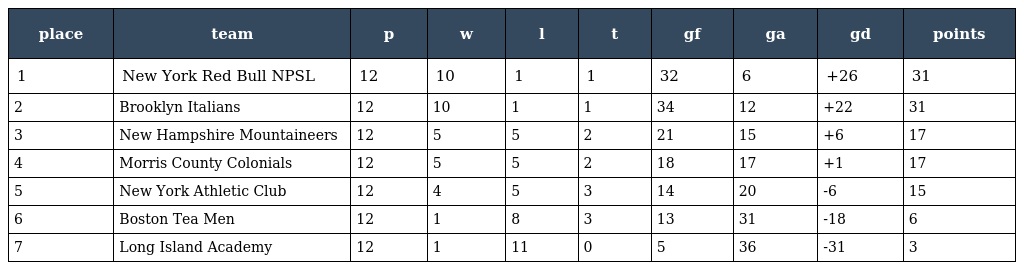
| place | team | p | w | l | t | gf | ga | gd | points |
 | --- | --- | --- | --- | --- | --- | --- | --- | --- | --- |
 | 1 | New York Red Bull NPSL | 12 | 10 | 1 | 1 | 32 | 6 | +26 | 31 |
 | 2 | Brooklyn Italians | 12 | 10 | 1 | 1 | 34 | 12 | +22 | 31 |
 | 3 | New Hampshire Mountaineers | 12 | 5 | 5 | 2 | 21 | 15 | +6 | 17 |
 | 4 | Morris County Colonials | 12 | 5 | 5 | 2 | 18 | 17 | +1 | 17 |
 | 5 | New York Athletic Club | 12 | 4 | 5 | 3 | 14 | 20 | -6 | 15 |
 | 6 | Boston Tea Men | 12 | 1 | 8 | 3 | 13 | 31 | -18 | 6 |
 | 7 | Long Island Academy | 12 | 1 | 11 | 0 | 5 | 36 | -31 | 3 |